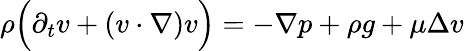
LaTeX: \begin{array}{r}{\rho\Big(\partial_{t}v+(v\cdot\nabla)v\Big)=-\nabla p+\rho g+\mu\Delta v}\end{array}